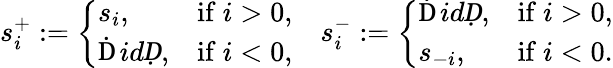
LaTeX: s_{i}^{+}:=\left\{ \begin{array}{ll}{s_{i},}&{\mathrm{if~}i>0,}\\ {{\operatorname ḊidḌ},}&{\mathrm{if~}i<0,}\end{array}\right.\quad s_{i}^{-}:=\left\{ \begin{array}{ll}{{\operatorname ḊidḌ},}&{\mathrm{if~}i>0,}\\ {s_{-i},}&{\mathrm{if~}i<0.}\end{array}\right.